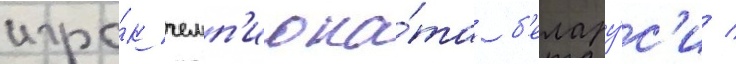
игро́к чемп'иона́та б'елару́с'и /